Maa-_ja_perenaiste_seltsid, lk 17
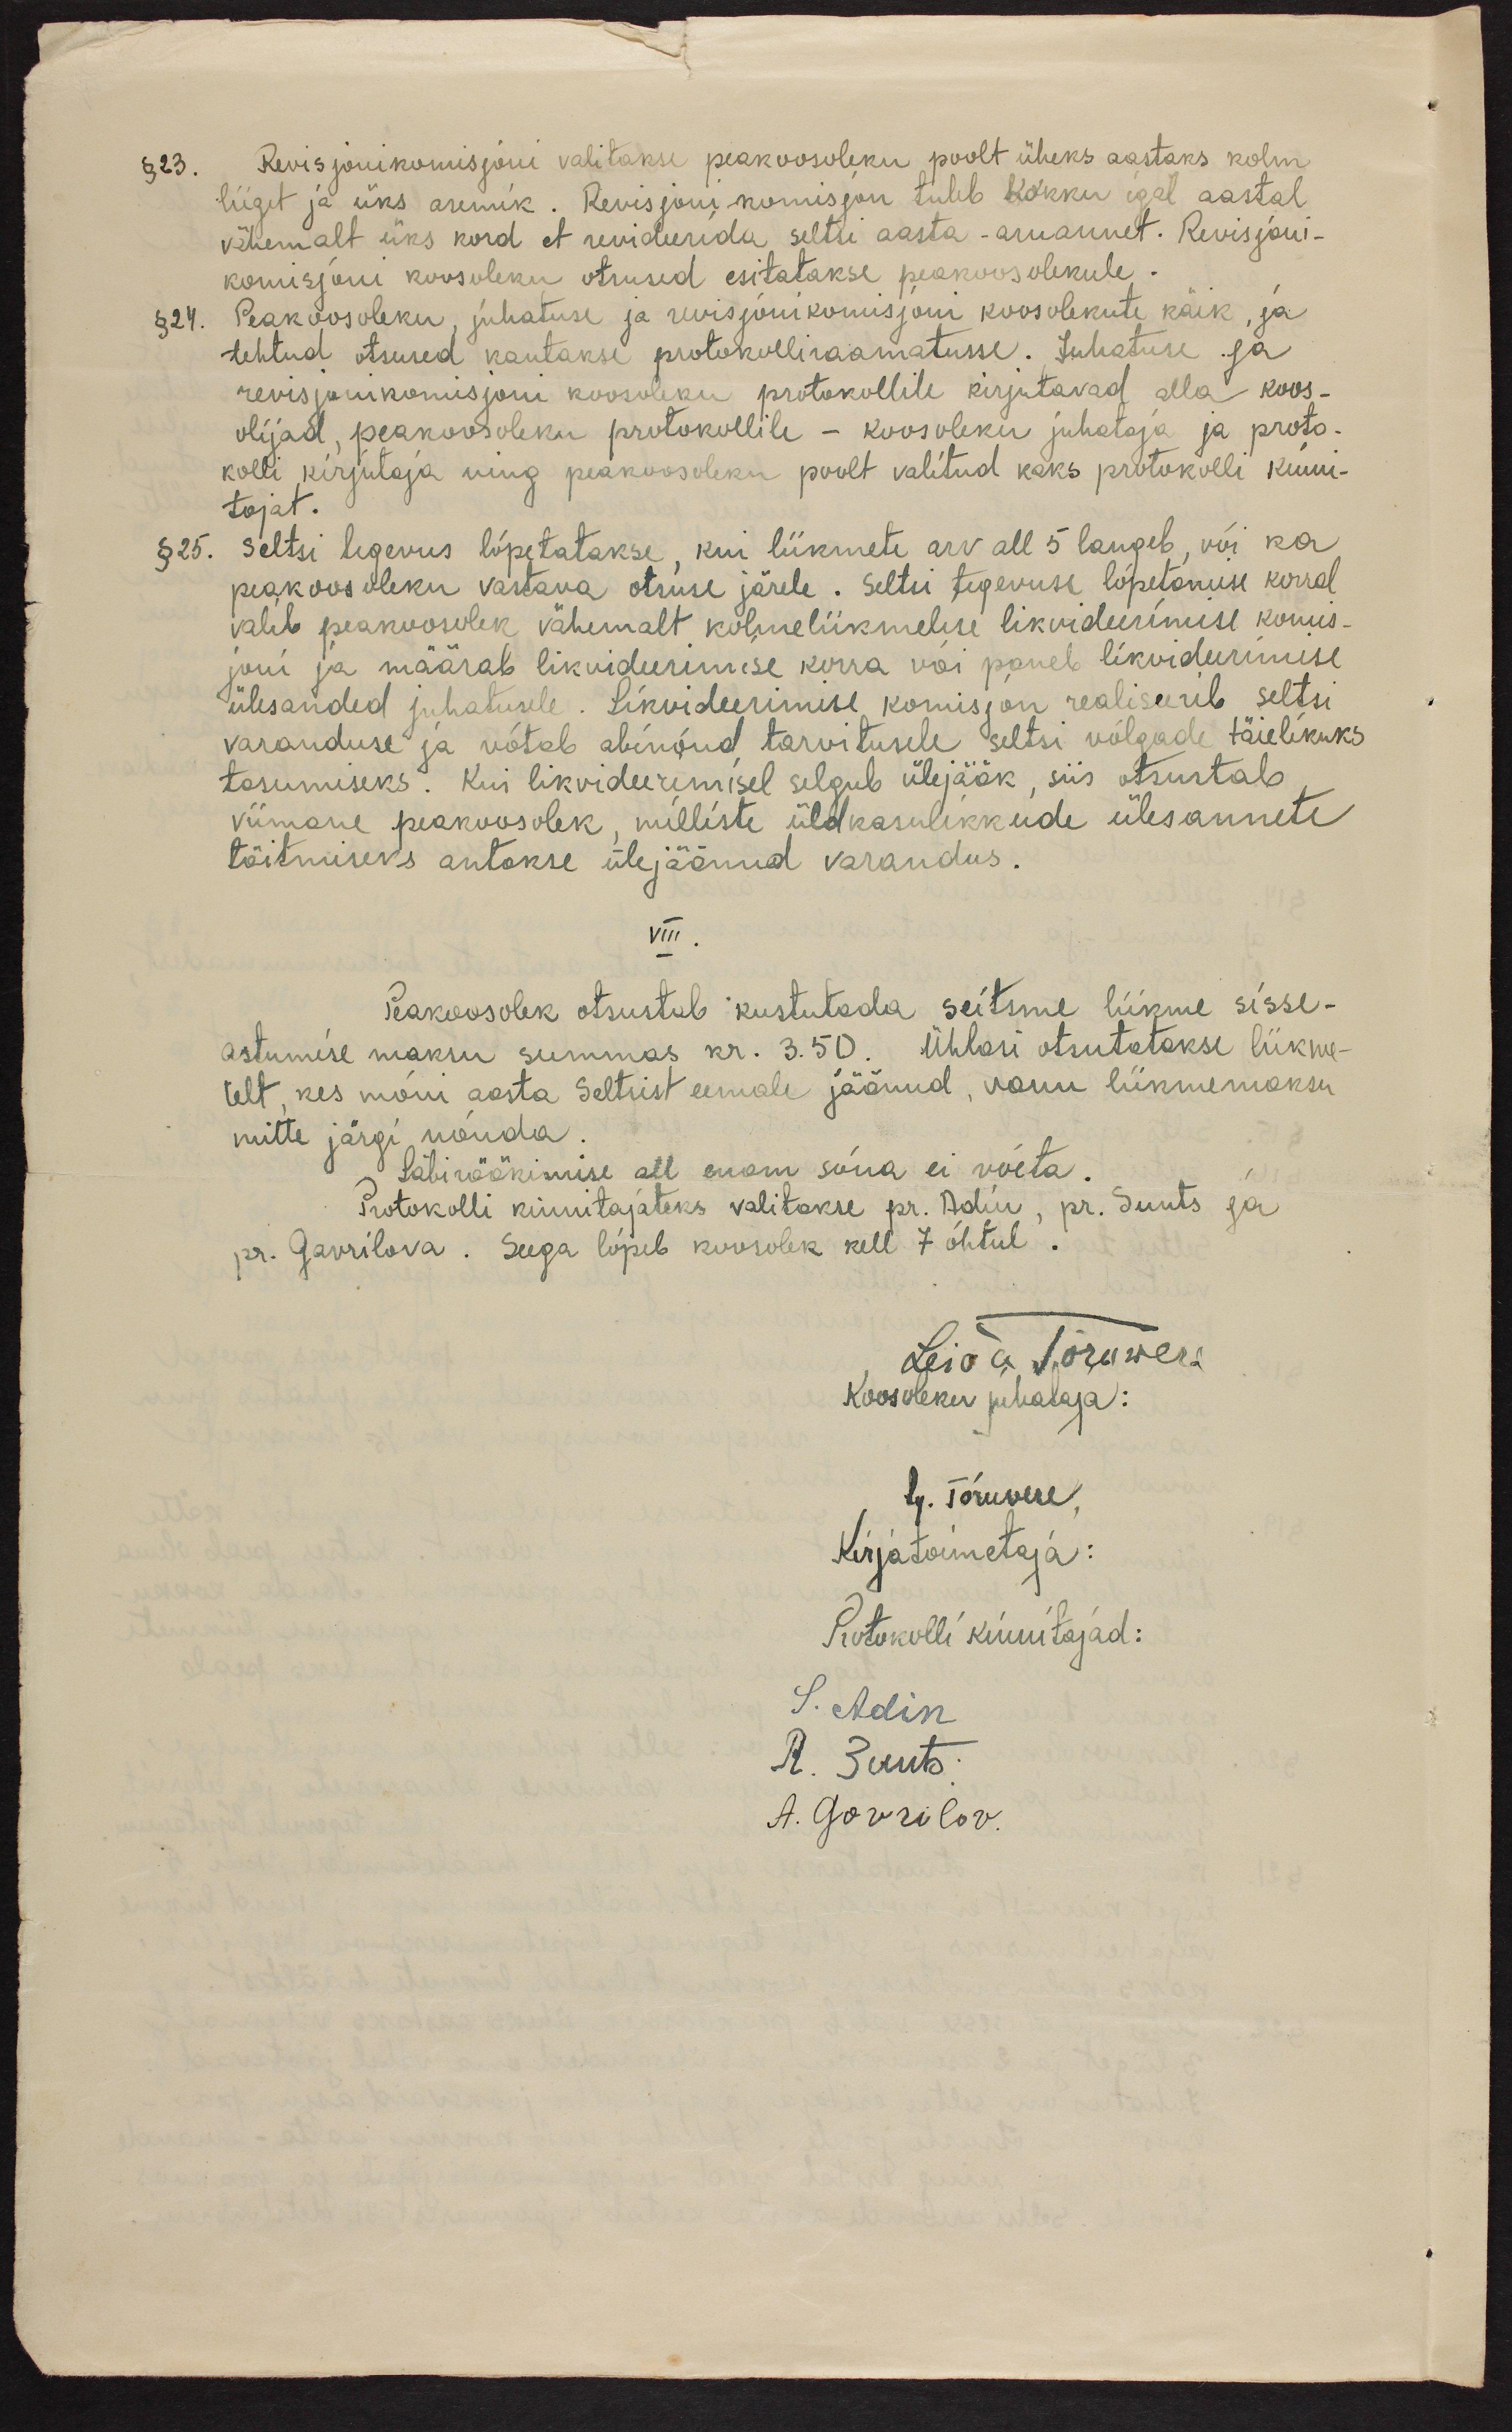
§ 23. Revisjonikomisjoni valitakse peakoosoleku poolt üheks aastaks kolm
liiget ja üks asemik. Revisjonikomisjon tuleb kokku igal aastal
vähemalt üks kord et revideerida seltsi aasta - aruannet. Revisjoni-
komisjoni koosoleku otsused esitatakse peakoosolekule
§ 24. Peakoosoleku, juhatuse ja revisjonikomisjoni koosolekute käik, ja
tehtud otsused kantakse protokolliraamatusse. Juhatuse ja
revisjonikomisjoni koosoleku protokollile kirjutavad alla koos-
olijad, peakoosoleku protokollile - koosoleku juhataja ja proto-
kolli kirjutaja ning peakoosoleku poolt valitud kaks protokolli kinni-
tajat.
§ 25. Seltsi tegevus lõpetatakse, kui liikmete arv all 5 langeb, või ka
peakoosoleku vastava otsuse järele. Seltsi tegevuse lõpetamise korral
valib peakoosolek vähemalt kolmeliikmelise likvideerimise komis-
joni ja määrab likvideerimise korra või paneb likvideerimise
ülesanded juhatusele. Likvideerimise komisjon realiseerib seltsi
varanduse ja võtab abinõud tarvitusele seltsi võlgade täielikuks
tasumiseks. Kui likvideerimisel selgub ülejääk, siis otsustab,
viimane peakoosolek, milliste üldkasulikkude ülesannete
täitmiseks antakse ülejäänud varandus.
VIII
Peakoosolek otsustab kustutada seitsme liikme sisse-
astumise maksu summas kr. 3.50. Ühlasi otsutatakse liikme-
telt, kes mõni aasta Seltsist eemale jäänud, vanu liikmemaksu
mitte järgi nõuda.
Läbirääkimise all enam sõna ei võeta.
Protokolli kinnitajateks valitakse pr. Adin, pr. Suuts ja
pr. Gavrilova. Seega lõpeb koosolek kell 7 õhtul.
Leida Tõruvere
Koosoleku juhataja:
Ly. Tõruvere,
Kirjatoimetaja:
Protokolli kinnitajad:
S. Adin
A. Juuts
A. Govrilov.